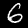
Label: 6